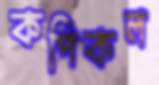
কপিকল